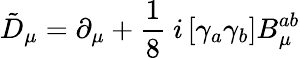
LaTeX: \tilde{D}_{\mu}=\partial_{\mu}+\frac{1}{8}\ i\left[\gamma_{a}\gamma_{b}\right]B_{\mu}^{ab}